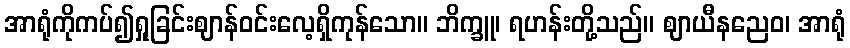
အာရုံကိုကပ်၍ရှုခြင်းဈာန်ဝင်းလေ့ရှိကုန်သော။ ဘိက္ခူ၊ ရဟန်းတို့သည်။ ဈာယီနညေဝ၊ အာရုံ